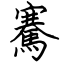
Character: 騫